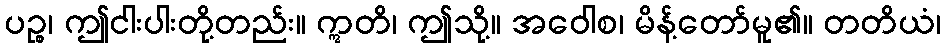
ပဉ္စ၊ ဤငါးပါးတို့တည်း။ ဣတိ၊ ဤသို့။ အဝေါစ၊ မိန့်တော်မူ၏။ တတိယံ၊